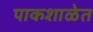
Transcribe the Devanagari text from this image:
पाकशाळेत